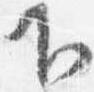
下